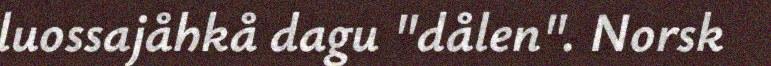
luossajåhkå dagu "dålen". Norsk